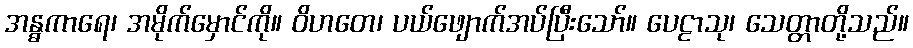
အန္ဓကာရေ၊ အမိုက်မှောင်ကို။ ဝိဟတေ၊ ပယ်ဖျောက်အပ်ပြီးသော်။ ပေဠာသု၊ သေတ္တာတို့သည်။